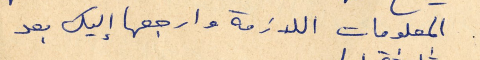
المعلومات اللازمة وارجعها إليك بعد